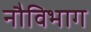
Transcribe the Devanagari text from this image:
नौविभाग